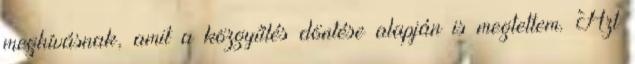
meghívásnak, amit a közgyűlés döntése alapján is megtettem. Azt